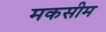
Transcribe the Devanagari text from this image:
मकसीम